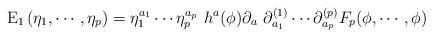
LaTeX: \begin{align*}{\rm E}_1 \left( \eta_1, \cdots, \eta_p \right) =\eta^{a_1}_1 \cdots \eta^{a_p}_p \, \, h^a( \phi ) \partial_a \, \,\partial^{(1)}_{a_1} \cdots \partial^{(p)}_{a_p}F_p ( \phi, \cdots, \phi)\end{align*}